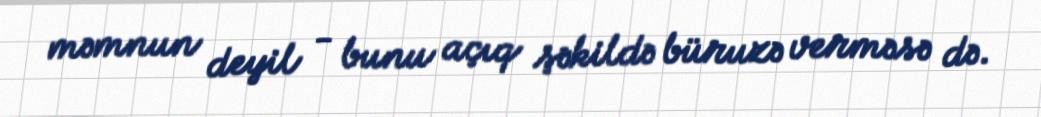
məmnun deyil - bunu açıq şəkildə büruzə verməsə də.